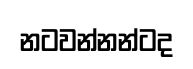
නටවන්නන්ටද